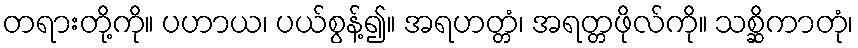
တရားတို့ကို။ ပဟာယ၊ ပယ်စွန့်၍။ အရဟတ္တံ၊ အရတ္တဖိုလ်ကို။ သစ္ဆိကာတုံ၊